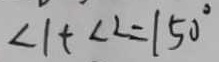
\angle 1 + \angle 2 = 1 5 0 ^ { \circ }